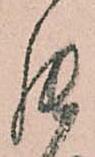
罷